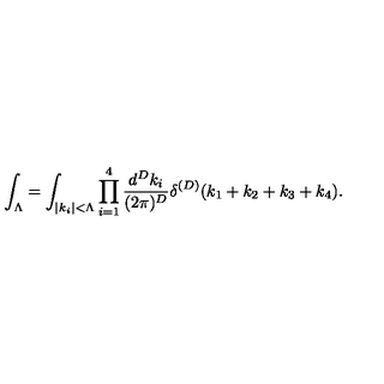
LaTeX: \int _ { \Lambda } = \int _ { | k _ { i } | < \Lambda } \prod _ { i = 1 } ^ { 4 } \frac { d ^ { D } k _ { i } } { ( 2 \pi ) ^ { D } } \delta ^ { ( D ) } ( k _ { 1 } + k _ { 2 } + k _ { 3 } + k _ { 4 } ) .